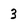
Character: 3